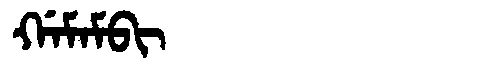
Manchu: ᡤᠠᠮᠠᠮᠪᡳ
Romanization: GAMAMBI